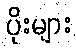
ပိုးများ